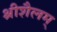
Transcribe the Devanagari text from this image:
श्रीशैलम्